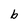
Character: b